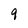
Character: 9